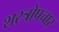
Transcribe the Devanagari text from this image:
शस्त्रोपचार